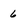
Character: 6